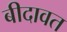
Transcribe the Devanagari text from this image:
बीदावत